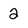
Character: 2